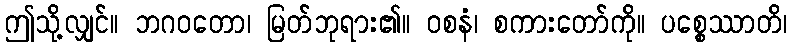
ဤသို့လျှင်။ ဘဂဝတော၊ မြတ်ဘုရား၏။ ဝစနံ၊ စကားတော်ကို။ ပစ္စေဿာတိ၊